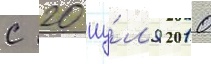
с 20 иу́л'я 2010